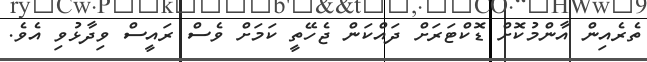
ތެރެއިން އާންމުކޮށް ޑޮކްޓަރަށް ދައްކަން ޖެހޭތީ ކަމަށް ވެސް ރައީސް ވިދާޅުވި އެވެ.